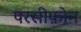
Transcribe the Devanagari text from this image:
परसीफ़ोन